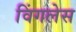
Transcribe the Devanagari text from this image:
विंगलेस